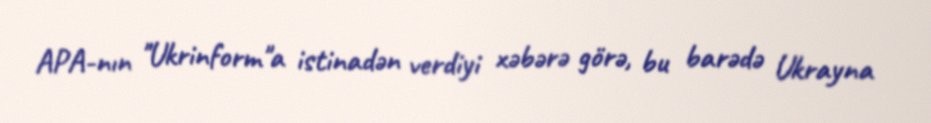
APA-nın "Ukrinform"a istinadən verdiyi xəbərə görə, bu barədə Ukrayna